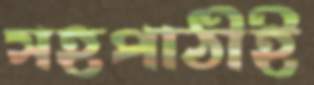
সহপাঠীই